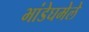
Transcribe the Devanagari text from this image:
भांडेघमेले